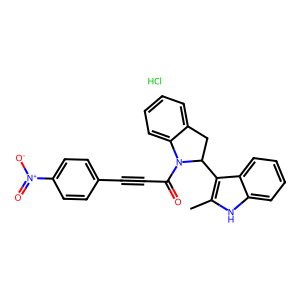
SMILES: Cc1[nH]c2ccccc2c1C1Cc2ccccc2N1C(=O)C#Cc1ccc([N+](=O)[O-])cc1.Cl
Inhibits HIV replication: No